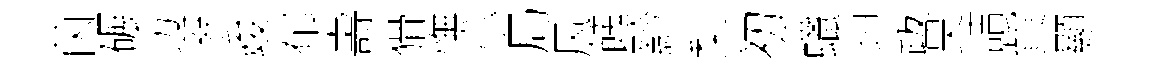
茵碾边参竣郁壽猾憮小局风餽黔梨初蠟坦跋昊詰貲顯